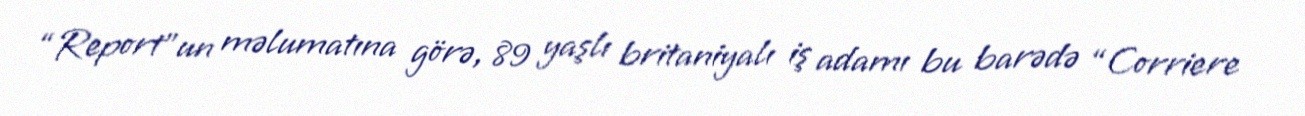
“Report”un məlumatına görə, 89 yaşlı britaniyalı iş adamı bu barədə “Corriere